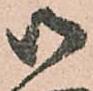
御